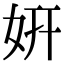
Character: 姸